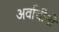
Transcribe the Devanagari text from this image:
अर्वाचीनों